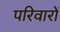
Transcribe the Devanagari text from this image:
परिवारों